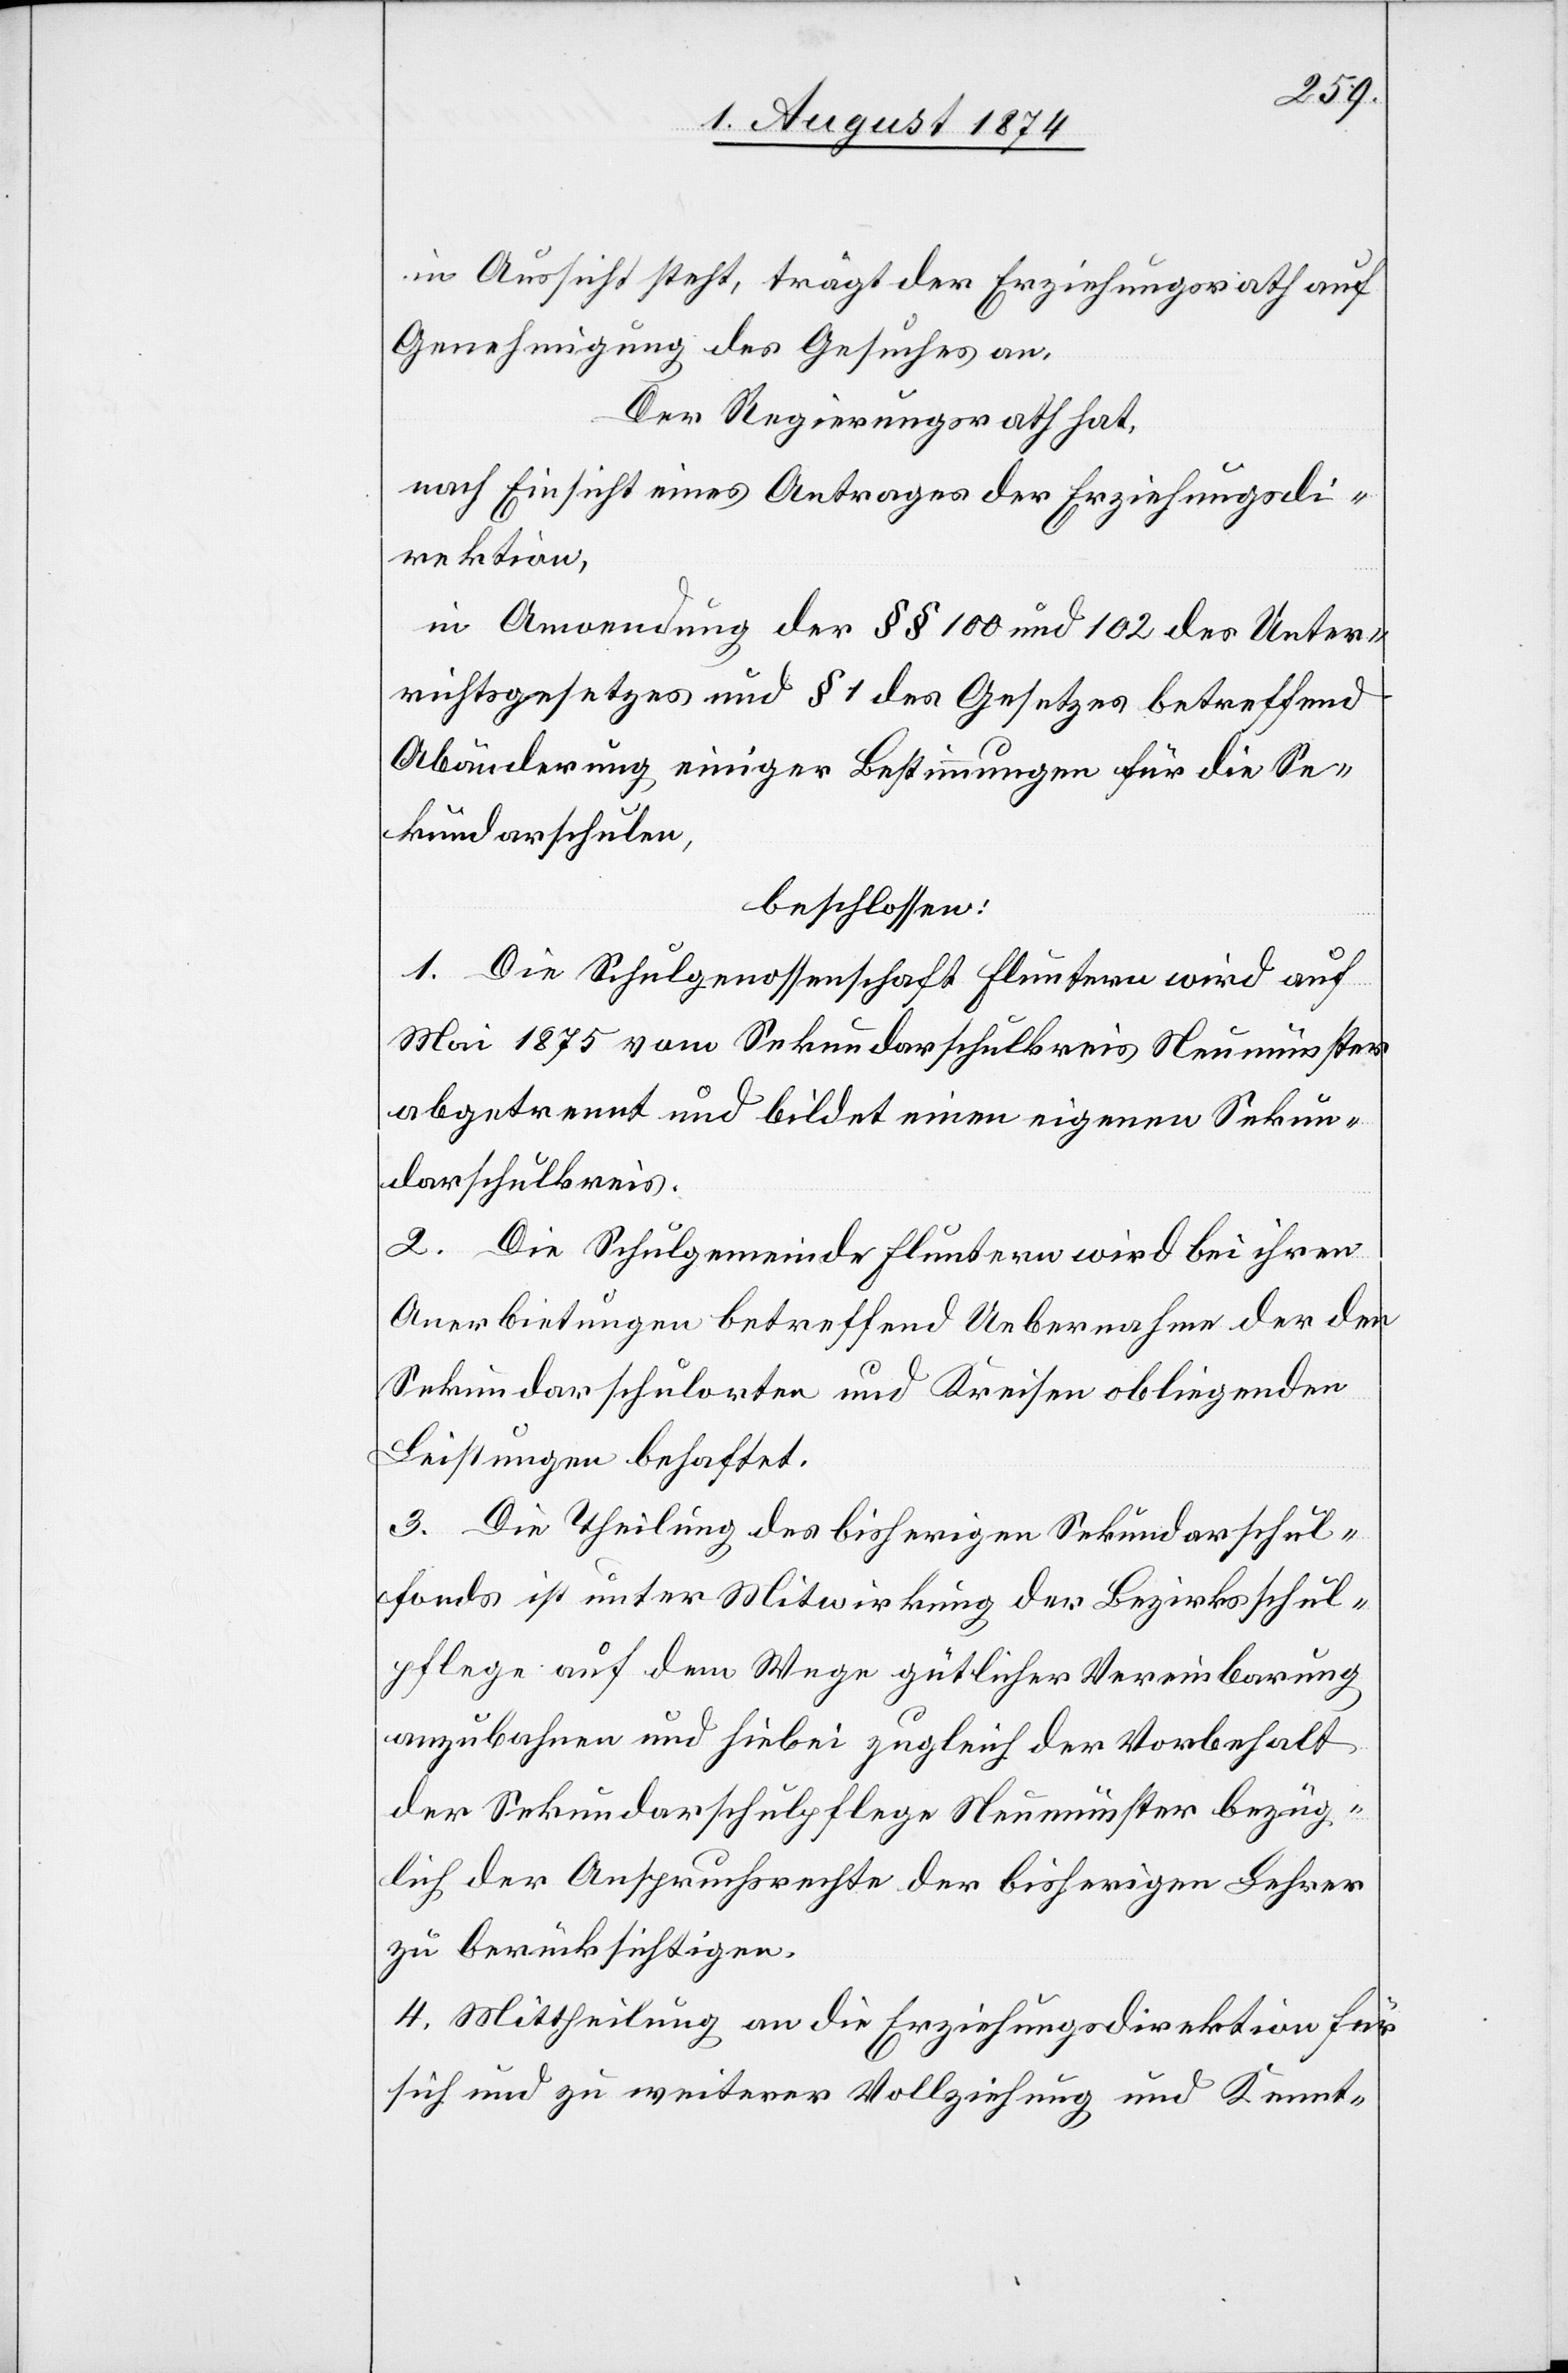
in Aussicht steht, trägt der Erziehungsrath auf
Genehmigung des Gesuches an.
Der Regierungsrath hat,
nach Einsicht eines Antrages der Erziehungsdi¬
rektion,
in Anwendung der §§ 100 und 102 des Unter¬
richtsgesetzes und § 1 des Gesetzes betreffend
Abänderung einiger Bestimmungen für die Se¬
kundarschulen,
beschlossen:
1. Die Schulgenossenschaft Fluntern wird auf
Mai 1875 vom Sekundarschulkreis Neumünster
abgetrennt und bildet einen eigenen Sekun¬
darschulkreis.
2. Die Schulgemeinde Fluntern wird bei ihren
Anerbietungen betreffend Uebernahme der den
Sekundarschulorten und Kreisen obliegenden
Leistungen behaftet.
3. Die Theilung des bisherigen Sekundarschul¬
fonds ist unter Mitwirkung der Bezirksschul¬
pflege auf dem Wege gütlicher Vereinbarung
anzubahnen und hiebei zugleich der Vorbehalt
der Sekundarschulpflege Neumünster bezüg¬
lich der Anspruchsrechte der bisherigen Lehrer
zu berücksichtigen.
4. Mittheilung an die Erziehungsdirektion für
sich und zu weiterer Vollziehung und Kennt-